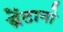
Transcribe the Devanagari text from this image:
ब्रेंटानो